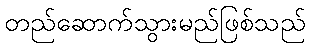
တည်ဆောက်သွားမည်ဖြစ်သည်